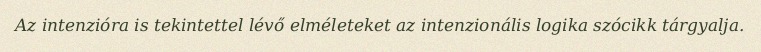
Az intenzióra is tekintettel lévő elméleteket az intenzionális logika szócikk tárgyalja.